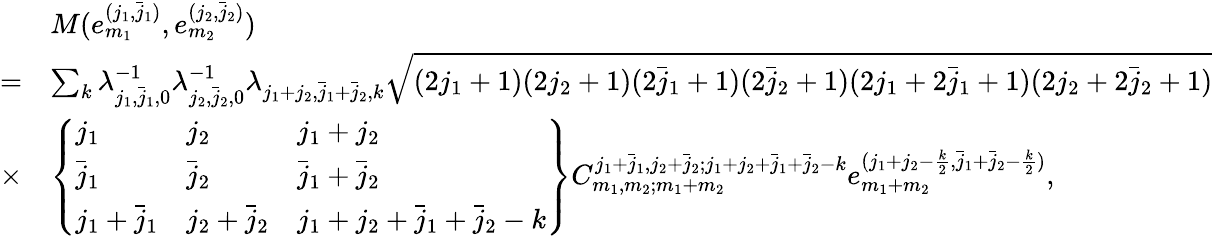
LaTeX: \begin{array}{rl}&{M(e_{m_{1}}^{(j_{1},\bar{j}_{1})},e_{m_{2}}^{(j_{2},\bar{j}_{2})})}\\ {=}&{\sum_{k}\lambda_{j_{1},\bar{j}_{1},0}^{-1}\lambda_{j_{2},\bar{j}_{2},0}^{-1}\lambda_{j_{1}+j_{2},\bar{j}_{1}+\bar{j}_{2},k}\sqrt{(2j_{1}+1)(2j_{2}+1)(2\bar{j}_{1}+1)(2\bar{j}_{2}+1)(2j_{1}+2\bar{j}_{1}+1)(2j_{2}+2\bar{j}_{2}+1)}}\\ {\times}&{\left\{ \begin{array}{lll}{j_{1}}&{j_{2}}&{j_{1}+j_{2}}\\ {\bar{j}_{1}}&{\bar{j}_{2}}&{\bar{j}_{1}+\bar{j}_{2}}\\ {j_{1}+\bar{j}_{1}}&{j_{2}+\bar{j}_{2}}&{j_{1}+j_{2}+\bar{j}_{1}+\bar{j}_{2}-k}\end{array}\right\} C_{m_{1},m_{2};m_{1}+m_{2}}^{j_{1}+\bar{j}_{1},j_{2}+\bar{j}_{2};j_{1}+j_{2}+\bar{j}_{1}+\bar{j}_{2}-k}e_{m_{1}+m_{2}}^{(j_{1}+j_{2}-\frac{k}{2},\bar{j}_{1}+\bar{j}_{2}-\frac{k}{2})},}\end{array}